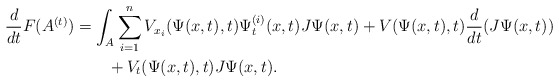
\begin{align*}\begin{aligned}\frac{d}{dt}F(A^{(t)})&=\int_{A}\sum_{i=1}^{n}V_{x_{i}}(\Psi(x,t),t)\Psi_{t}^{(i)}(x,t)J\Psi(x,t)+V(\Psi(x,t),t)\frac{d}{dt}(J\Psi(x,t))\\&\qquad+V_{t}(\Psi(x,t),t)J\Psi(x,t).\end{aligned}\end{align*}